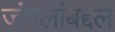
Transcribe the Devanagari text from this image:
जंगलांबद्दल